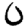
Digit: 0